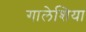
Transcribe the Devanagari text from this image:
गालेशिया